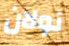
نولان